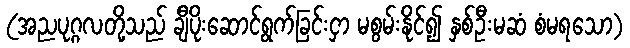
(အညပုဂ္ဂလတို့သည် ချီပိုးဆောင်ရွက်ခြင်းငှာ မစွမ်းနိုင်၍ နှစ်ဦးမဆံ စံမရသော)